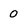
Character: 0